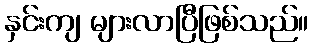
နှင်းကျ များလာပြီဖြစ်သည်။